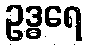
ဥဒ္ဓရေ